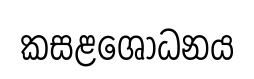
කසළශෝධනය